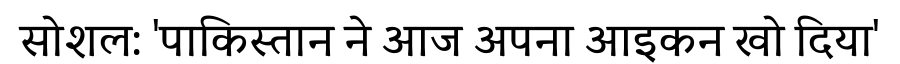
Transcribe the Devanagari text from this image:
सोशल: 'पाकिस्तान ने आज अपना आइकन खो दिया'